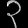
Digit: ၃